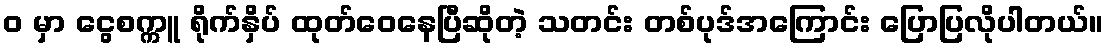
၀ မှာ ငွေစက္ကူ ရိုက်နှိပ် ထုတ်ဝေနေပြီဆိုတဲ့ သတင်း တစ်ပုဒ်အကြောင်း ပြောပြလိုပါတယ်။